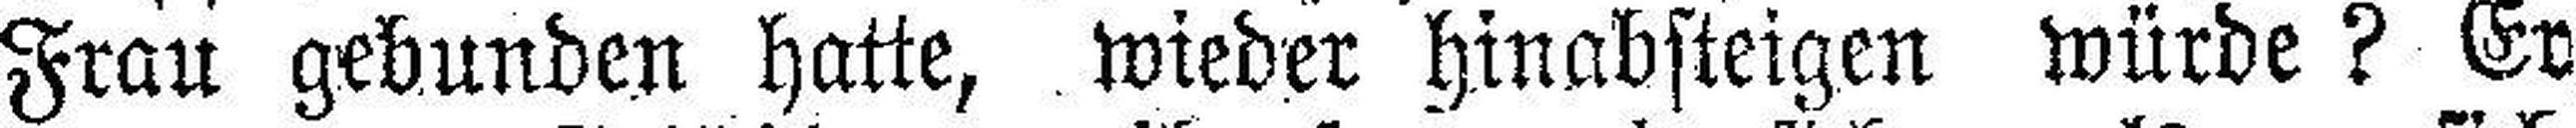
Frau gebunden hatte, wieder hinabsteigen würde? Er